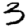
Digit: 3